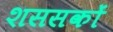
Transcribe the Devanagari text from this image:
शससकों